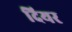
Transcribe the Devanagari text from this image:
दियर